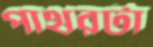
পাথরটা